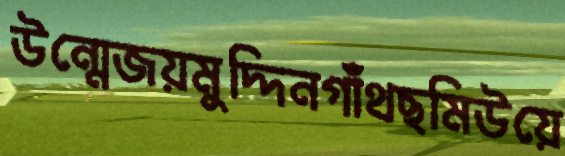
উন্মেজয়মুদ্দিনগাঁথছমিউয়ে